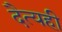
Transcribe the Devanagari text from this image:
दैत्यही